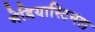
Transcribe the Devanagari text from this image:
मेडियास्टिनल